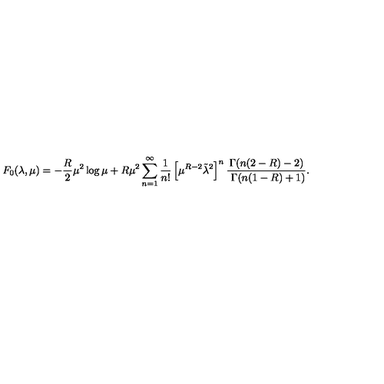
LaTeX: F _ { 0 } ( \lambda , \mu ) = - { \frac { R } { 2 } } \mu ^ { 2 } \log \mu + R \mu ^ { 2 } \sum _ { n = 1 } ^ { \infty } { \frac { 1 } { n ! } } \left[ \mu ^ { R - 2 } \tilde { \lambda } ^ { 2 } \right] ^ { n } { \frac { \Gamma ( n ( 2 - R ) - 2 ) } { \ \Gamma ( n ( 1 - R ) + 1 ) } } .